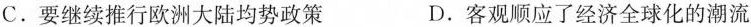
C.要继续推行欧洲大陆均势政策 D.客观顺应了经济全球化的潮流